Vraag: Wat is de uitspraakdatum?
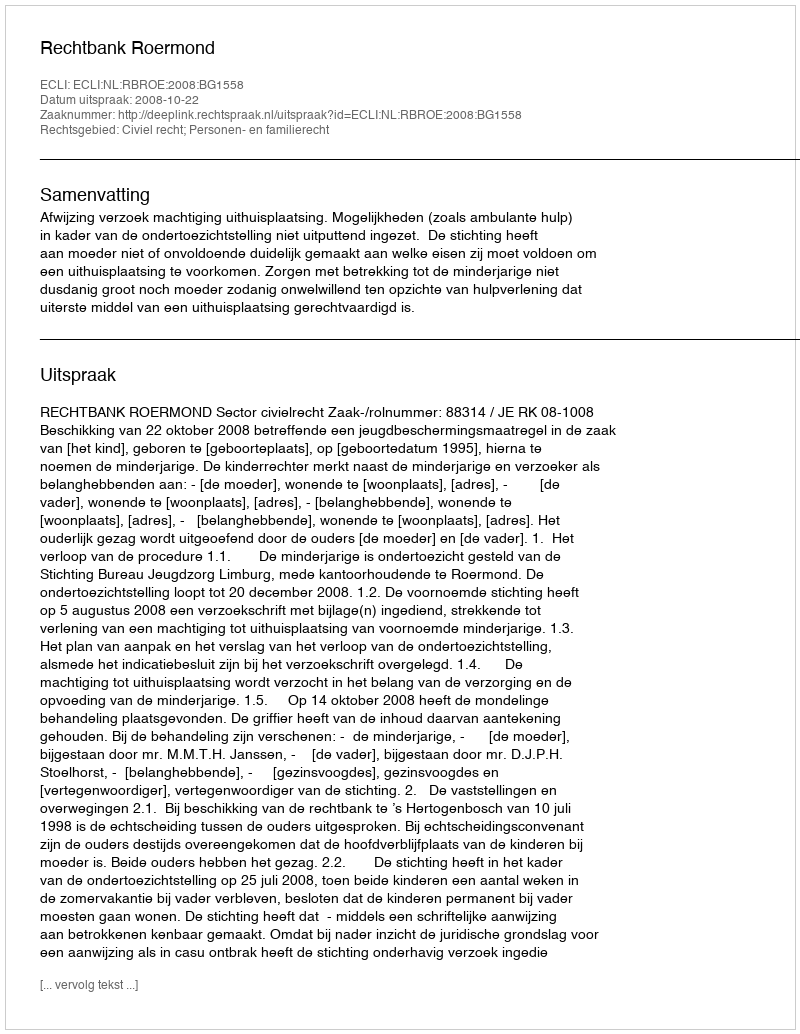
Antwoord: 2008-10-22